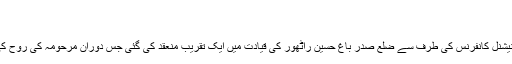
ایس ڈی ایم سرنکوٹ نے بتایا کہ
مادر مہربان کا 19واں یوم وفات
پونچھ //مادر مہربان کے 19ویں یوم وفات پر پونچھ میں نیشنل کانفرنس کی طرف سے ضلع صدر باغ حسین راٹھور کی قیادت میں ایک تقریب منعقد کی گئی جس دوران مرحومہ کی روح کی تسکین کیلئے فاتحہ خوانی اور دعائے مغفر ت کی گئی ۔